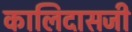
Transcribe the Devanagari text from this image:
कालिदासजी